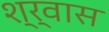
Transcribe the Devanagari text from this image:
श्र्वास